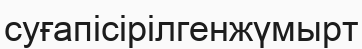
суғапісірілгенжүмырт